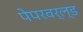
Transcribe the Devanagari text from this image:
पेपरवर्ल्ड